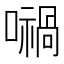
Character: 𡁜